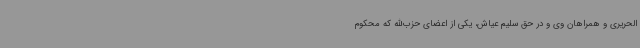
الحریری و همراهان وی و در حق سلیم عیاش، یکی از اعضای حزب‌الله که محکوم